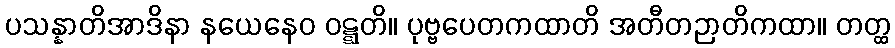
ပသန္နာတိအာဒိနာ နယေနေဝ ဝဋ္ဋတိ။ ပုဗ္ဗပေတကထာတိ အတီတဉာတိကထာ။ တတ္ထ